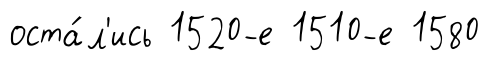
оста́л'ись 1520-е 1510-е 1580